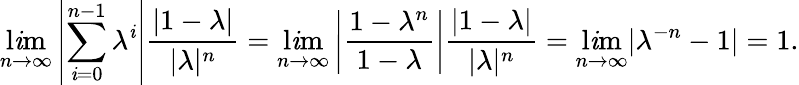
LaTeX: \operatorname*{l\mathit{i}m}_{n\to\infty}\left|\sum_{\mathit{i}=0}^{n-1}\lambda^{\mathit{i}}\right|\frac{{|1-\lambda|}}{{|\lambda|^{n}}}=\operatorname*{l\mathit{i}m}_{n\to\infty}\left|\frac{{1-\lambda^{n}}}{{1-\lambda}}\right|\frac{{|1-\lambda|}}{{|\lambda|^{n}}}=\operatorname*{l\mathit{i}m}_{n\to\infty}|\lambda^{-n}-1|=1.